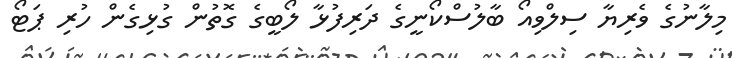
މިލާނުގެ ވެރިޔާ ސިލްވިއޯ ބާލުސްކޯނީގެ ދަރިފުޅާ ލޯބީގެ ގޮތުން ގުޅިގެން ހުރި ޕަޓޯ